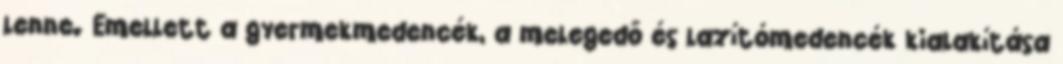
lenne. Emellett a gyermekmedencék, a melegedő és lazítómedencék kialakítása